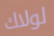
لولاك